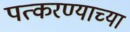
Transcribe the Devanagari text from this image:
पत्करण्याच्या